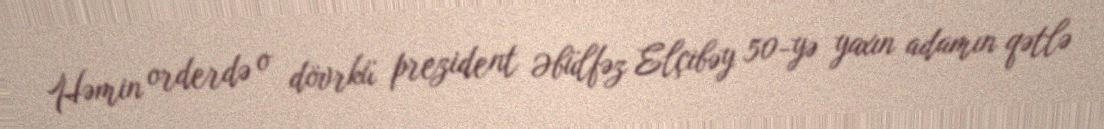
Həmin orderdə o dövrkü prezident Əbülfəz Elçibəy 50-yə yaxın adamın qətlə